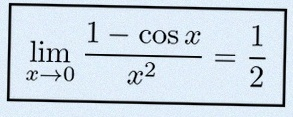
\lim_{x\to0}\frac{1-\cos x}{x^2}=\frac12